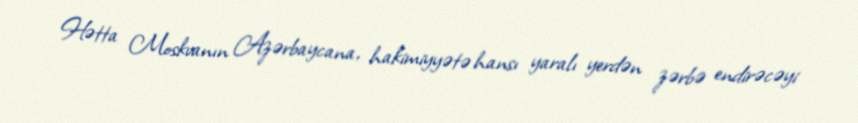
Hətta Moskvanın Azərbaycana, hakimiyyətə hansı yaralı yerdən zərbə endirəcəyi